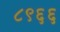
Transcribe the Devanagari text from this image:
८९६६